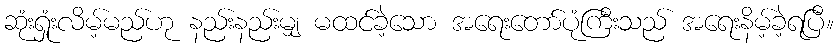
ဆုံးရှုံးလိမ့်မည်ဟု နည်းနည်းမျှ မထင်ခဲ့သော အရေးတော်ပုံကြီးသည် အရေးနိမ့်ခဲ့ရပြီ။